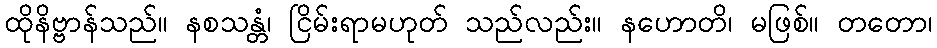
ထိုနိဗ္ဗာန်သည်။ နစသန္တံ၊ ငြိမ်းရာမဟုတ် သည်လည်း။ နဟောတိ၊ မဖြစ်။ တတော၊